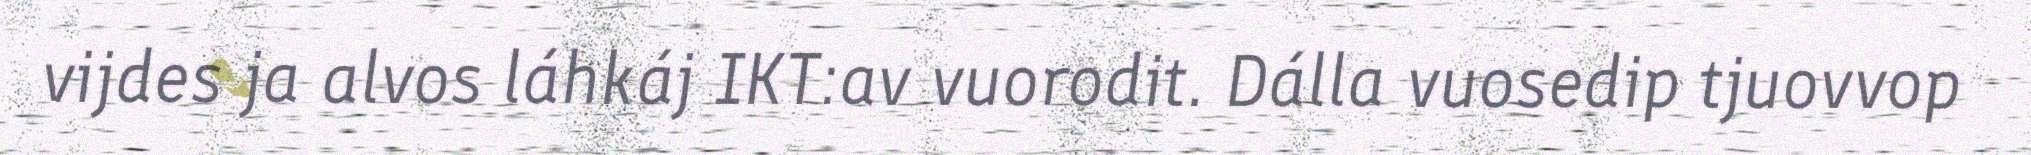
vijdes ja alvos láhkáj IKT:av vuorodit. Dálla vuosedip tjuovvop